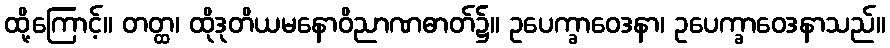
ထို့ကြောင့်။ တတ္ထ၊ ထိုဒုတိယမနောဝိညာဏဓာတ်၌။ ဥပေက္ခာဝေဒနာ၊ ဥပေက္ခာဝေဒနာသည်။